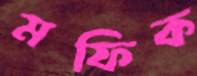
মফিক